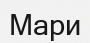
Мари